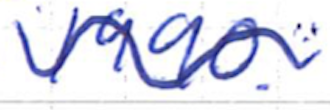
Text: 1990.
Cross-out: wave
Writing tool: ballpoint